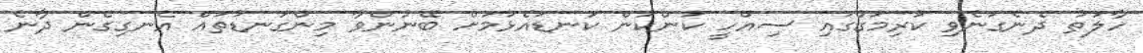
ހާލަތު ދެނެގަނެވި ކުރިމަގުގައި ސިއްހީ ކަންކަން ކަނޑައެޅުމަށް ބޭނުންވާ މިންގަނޑުތައް އެނގިގެން ދާނެ